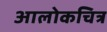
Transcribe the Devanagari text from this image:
आलोकचित्र